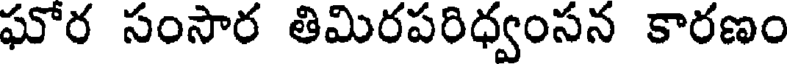
ఘోర సంసార తిమిరపరిధ్వంసన కారణం